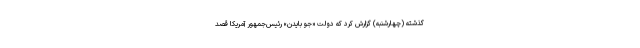
گذشته (چهارشنبه) گزارش کرد که دولت «جو بایدن» رئیس‌جمهور آمریکا قصد